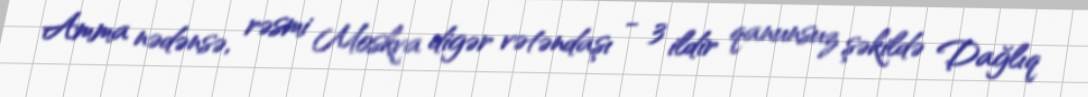
Amma nədənsə, rəsmi Moskva digər vətəndaşı - 3 ildir qanunsuz şəkildə Dağlıq